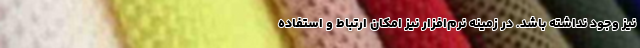
نیز وجود نداشته باشد. در زمینه نرم‌افزار نیز امکان ارتباط و استفاده